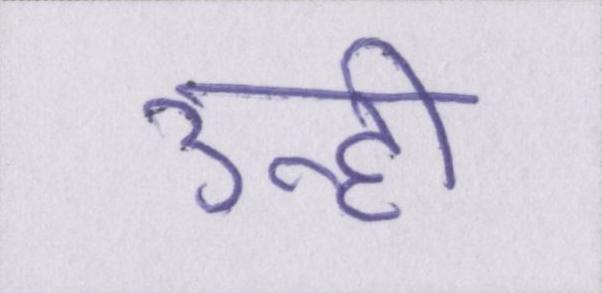
उन्हीं